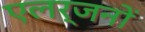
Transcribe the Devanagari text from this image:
एलर्जनों